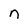
Character: n